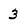
Character: 3